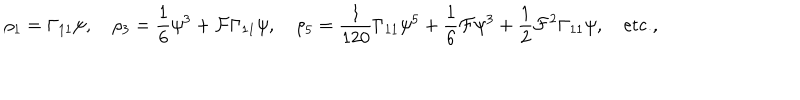
\rho _ { 1 } = \Gamma _ { 1 1 } \psi , \quad \rho _ { 3 } = { \frac { 1 } { 6 } } \psi ^ { 3 } + { \cal F } \Gamma _ { 1 1 } \psi , \quad \rho _ { 5 } = { \frac { 1 } { 1 2 0 } } \Gamma _ { 1 1 } \psi ^ { 5 } + { \frac { 1 } { 6 } } { \cal F } \psi ^ { 3 } + { \frac { 1 } { 2 } } { \cal F } ^ { 2 } \Gamma _ { 1 1 } \psi , \quad \mathrm { e t c . } ,